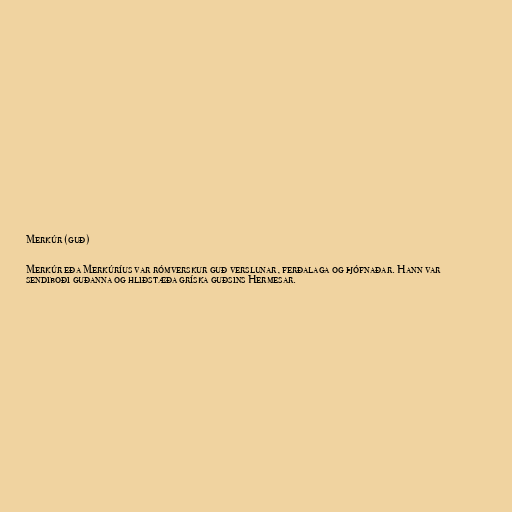
Merkúr (guð)

Merkúr eða Merkúríus var rómverskur guð verslunar, ferðalaga og þjófnaðar. Hann var
sendiboði guðanna og hliðstæða gríska guðsins Hermesar.